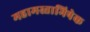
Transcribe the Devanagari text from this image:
महामस्ताभिषेक